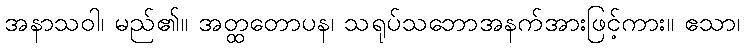
အနာသဝါ၊ မည်၏။ အတ္ထတောပန၊ သရုပ်သဘောအနက်အားဖြင့်ကား။ ဧသာ၊